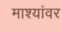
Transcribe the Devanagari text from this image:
माश्यांवर